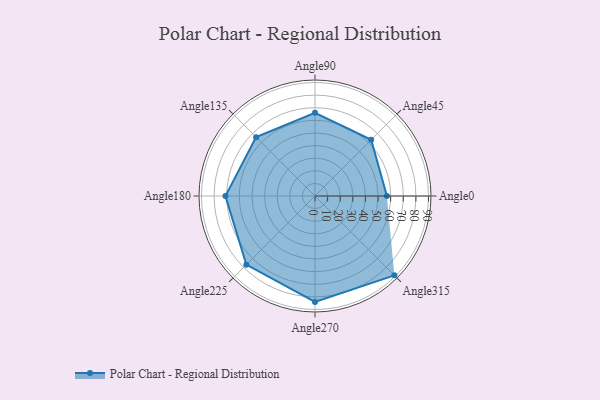
{"axis": {"x": "Angle", "y": "Radius"}, "legend": [""], "data": [{"x": "Angle0", "y": 57.0, "type": ""}, {"x": "Angle45", "y": 63.0, "type": ""}, {"x": "Angle90", "y": 66.0, "type": ""}, {"x": "Angle135", "y": 66.0, "type": ""}, {"x": "Angle180", "y": 71.0, "type": ""}, {"x": "Angle225", "y": 77.0, "type": ""}, {"x": "Angle270", "y": 84.0, "type": ""}, {"x": "Angle315", "y": 89.0, "type": ""}]}